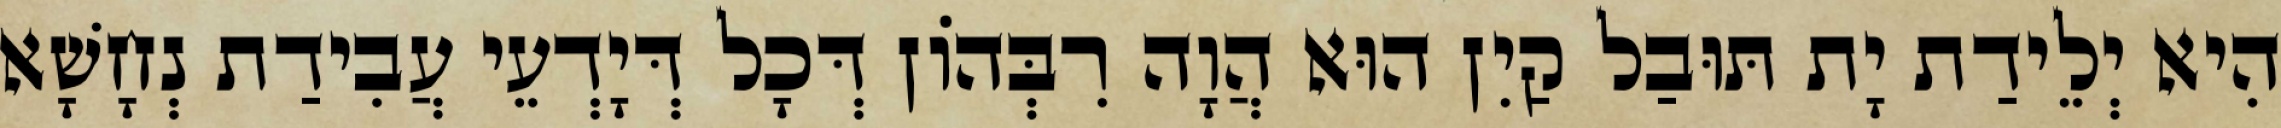
הִיא יְלֵידַת יָת תּוּבַל קַיִן הוּא הֲוָה רִבְּהוֹן דְּכָל דְּיָדְעֵי עֲבִידַת נְחָשָׁא